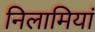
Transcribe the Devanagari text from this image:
निलामियां